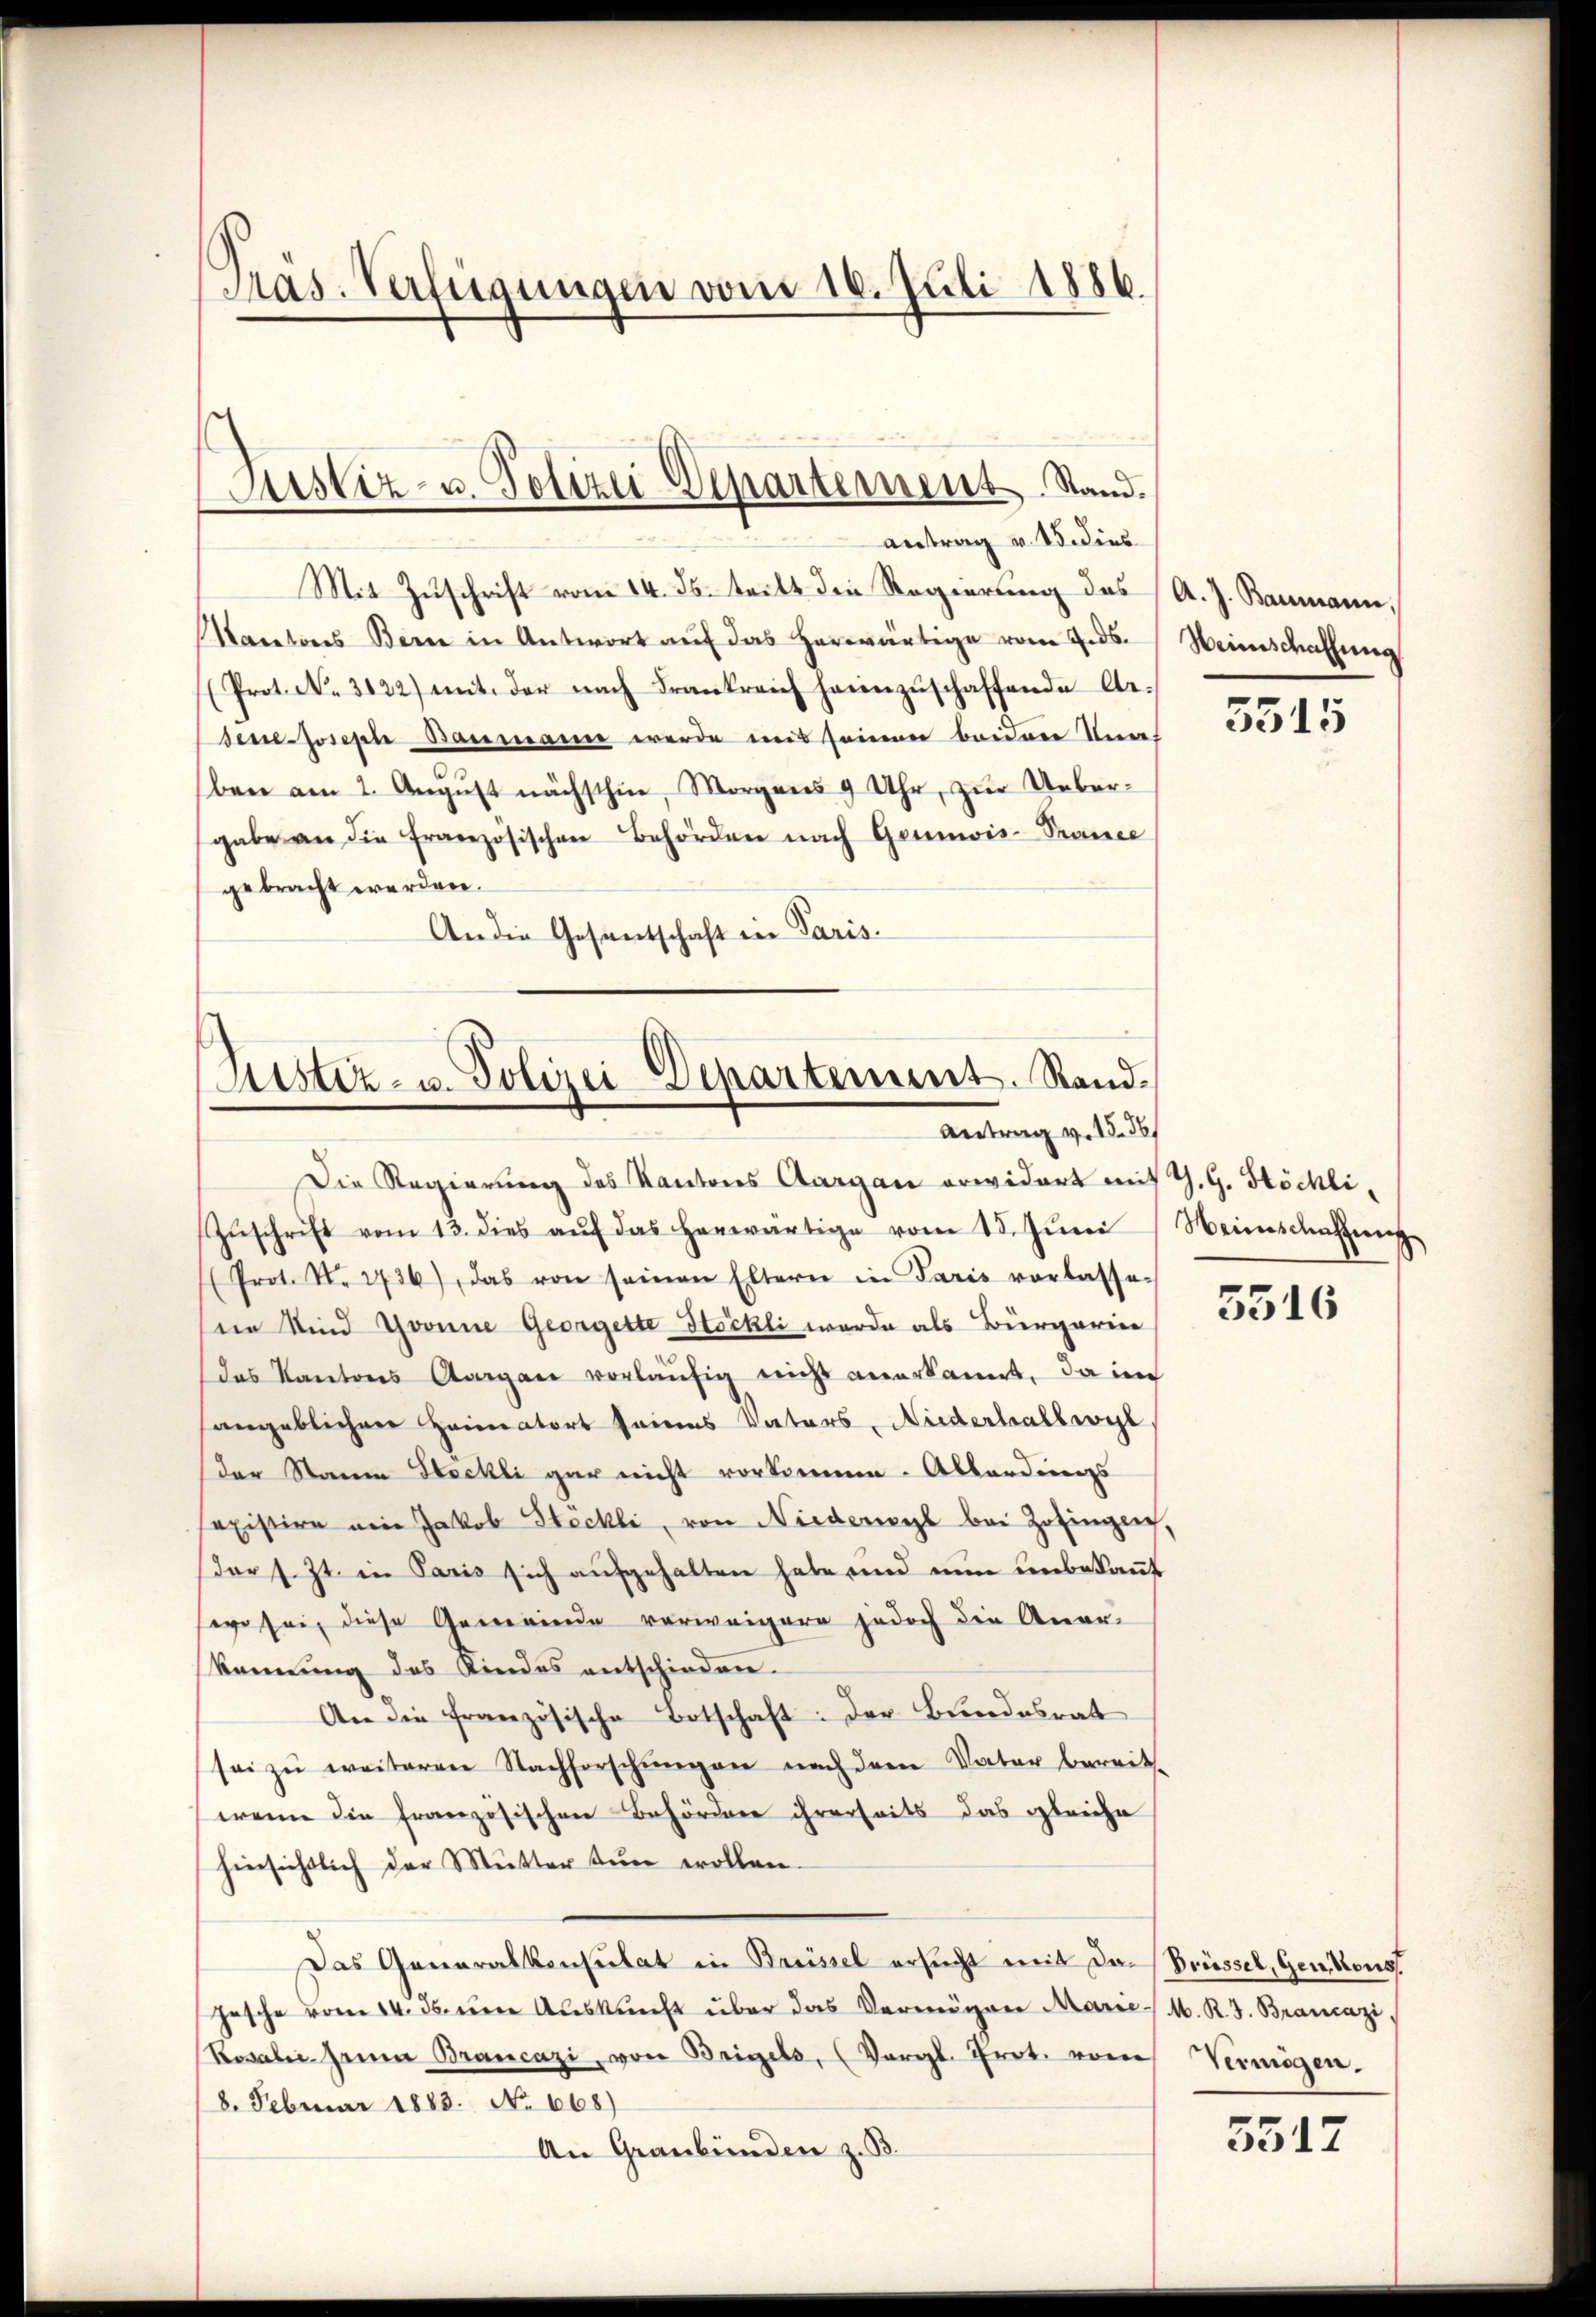
Pras. Verfügungen vom 16. Juli 1886.

Mit Zŭschrift vom 14. ds. tritt die Regierung des (A. J. Baumann,
Nantons Bern in Antwort auf das herwärtige vom 7.ds.
Prot. N. 3122) mit der nach Frankreich heimzŭschaffende Arsene Josepie Baumann werde mit seinen beiden Unge-
ben am 2. August nächsthin, Morgens 9 Uhr, zur Uebergabe an die französischen Behörden nach Gewis-Prance
gebracht werden.
An die Gesandschaft in Paris.

Justiz- u. Polizei Departement. Stand.
antrag v. 15. dies

Rustiz- u. Polizei Departement. Rand¬
Antrag v. 15. 36

Die Regierung des Kantons Aargau erwidert mit G. G. Stöckli¬
Zŭschrift vom 13. dies aŭf das herwärtige vom 15. Jŭni / Weinschaffŭng
(Prot. N. 2736), das von seinen Eltern in Paris vorlasse-
ie Kind Gronne Georgelte Stöckli wurde als Bürgerin
das Kantons Aargau vorläŭfig nicht anerkannt, da in
sangeblichen Heimatort seines Vaters, Niederhallwyl
der Staum Stockli gar nicht vorkommen. Abbordings
sexistire ein Jakob Steckli, von Niederwyl bei Zofingen,
Dor s. Zt. in Paris sich aŭfgehalten habe und nun unbekaṅt
wo sei, diese Gemeinde vorweigern jedoch die Anar-
kennung des Kindes entschieden.
An die französische Botschaft: Der Bundesrat
sei zu weiteren Nachforschungen nach dem Vater bereit,
wenn die französischen Behördere ihrerseits das gleiche
hinsichtlich der Mutter tun wollen.
Das Generalkonsulat in Brüssel ersucht mit den Prüssel, Gen Kons
hasche vom 14. ds. ŭm Aŭskŭnft über das Vermögen Marie M. R. J. Brancazi,
Rosalie Hanna Brancazi, von Beigels, (Vergl. Prot. vom Vermögen.
8. Februar 1883. No 668)
An Graubünden z. B.

Weinschaffung

5515

5516

5517